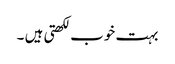
بہت خوب لکھتی ہیں ۔